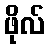
ဖိုလ်